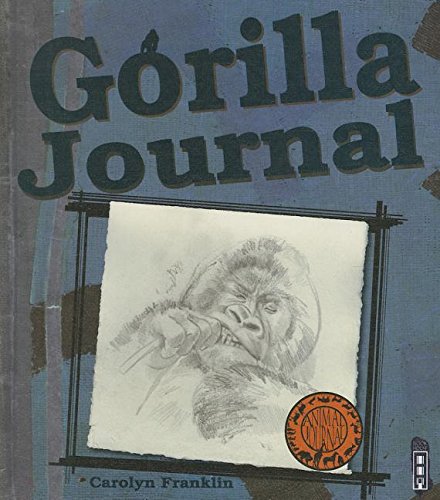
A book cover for Gorilla (Animal Journals); Carolyn Franklin; Travel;